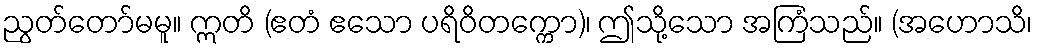
ညွတ်တော်မမူ။ ဣတိ (ဧတံ ဧသော ပရိဝိတက္ကော)၊ ဤသို့သော အကြံသည်။ (အဟောသိ၊